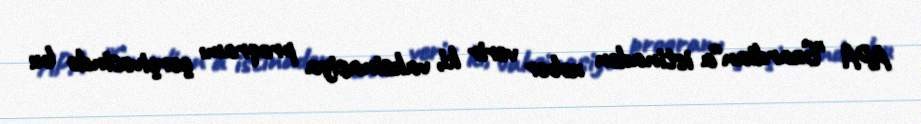
APA "Guardian"a istinadən xəbər verir ki, vaksinasiya proqramı çərçivəsində bu